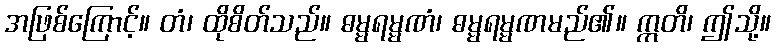
အဖြစ်ကြောင့်။ တံ၊ ထိုစိတ်သည်။ ဓမ္မရမ္မဏံ၊ ဓမ္မရမ္မဏမည်၏။ ဣတိ၊ ဤသို့။